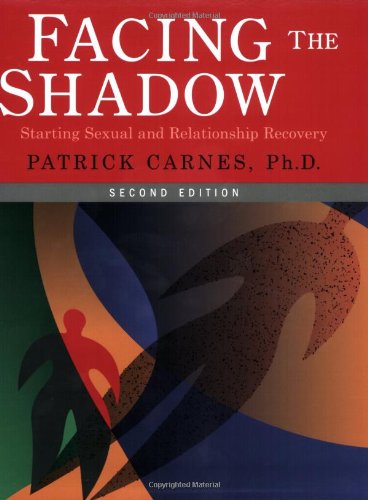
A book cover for Facing The Shadow - Second Edition: Starting Sexual and Relationship Recovery; Patrick Carnes Ph.D.; Health, Fitness & Dieting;